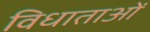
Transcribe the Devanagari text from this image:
विधाताओं